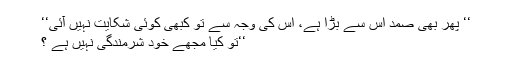
‘‘ پھر بھی صمد اس سے بڑا ہے، اس کی وجہ سے تو کبھی کوئی شکایت نہیں آئی‘‘
‘‘تو کیا مجھے خود شرمندگی نہیں ہے ؟